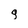
Character: g